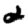
Digit: 2